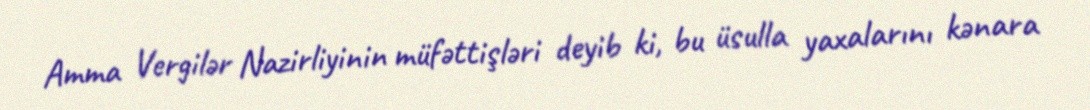
Amma Vergilər Nazirliyinin müfəttişləri deyib ki, bu üsulla yaxalarını kənara